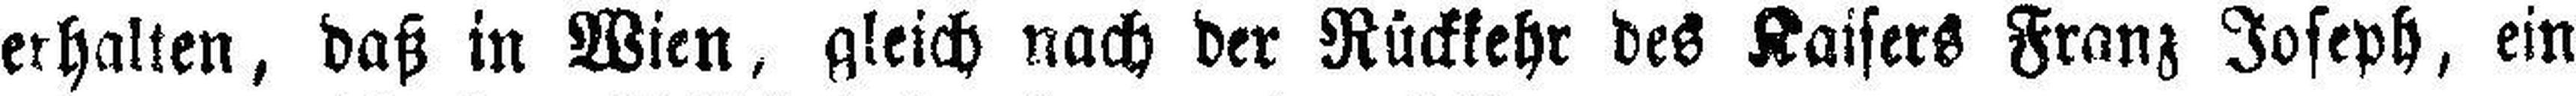
erhalten, daß in Wien, gleich nach der Rückkehr des Kaisers Franz Joseph, ein